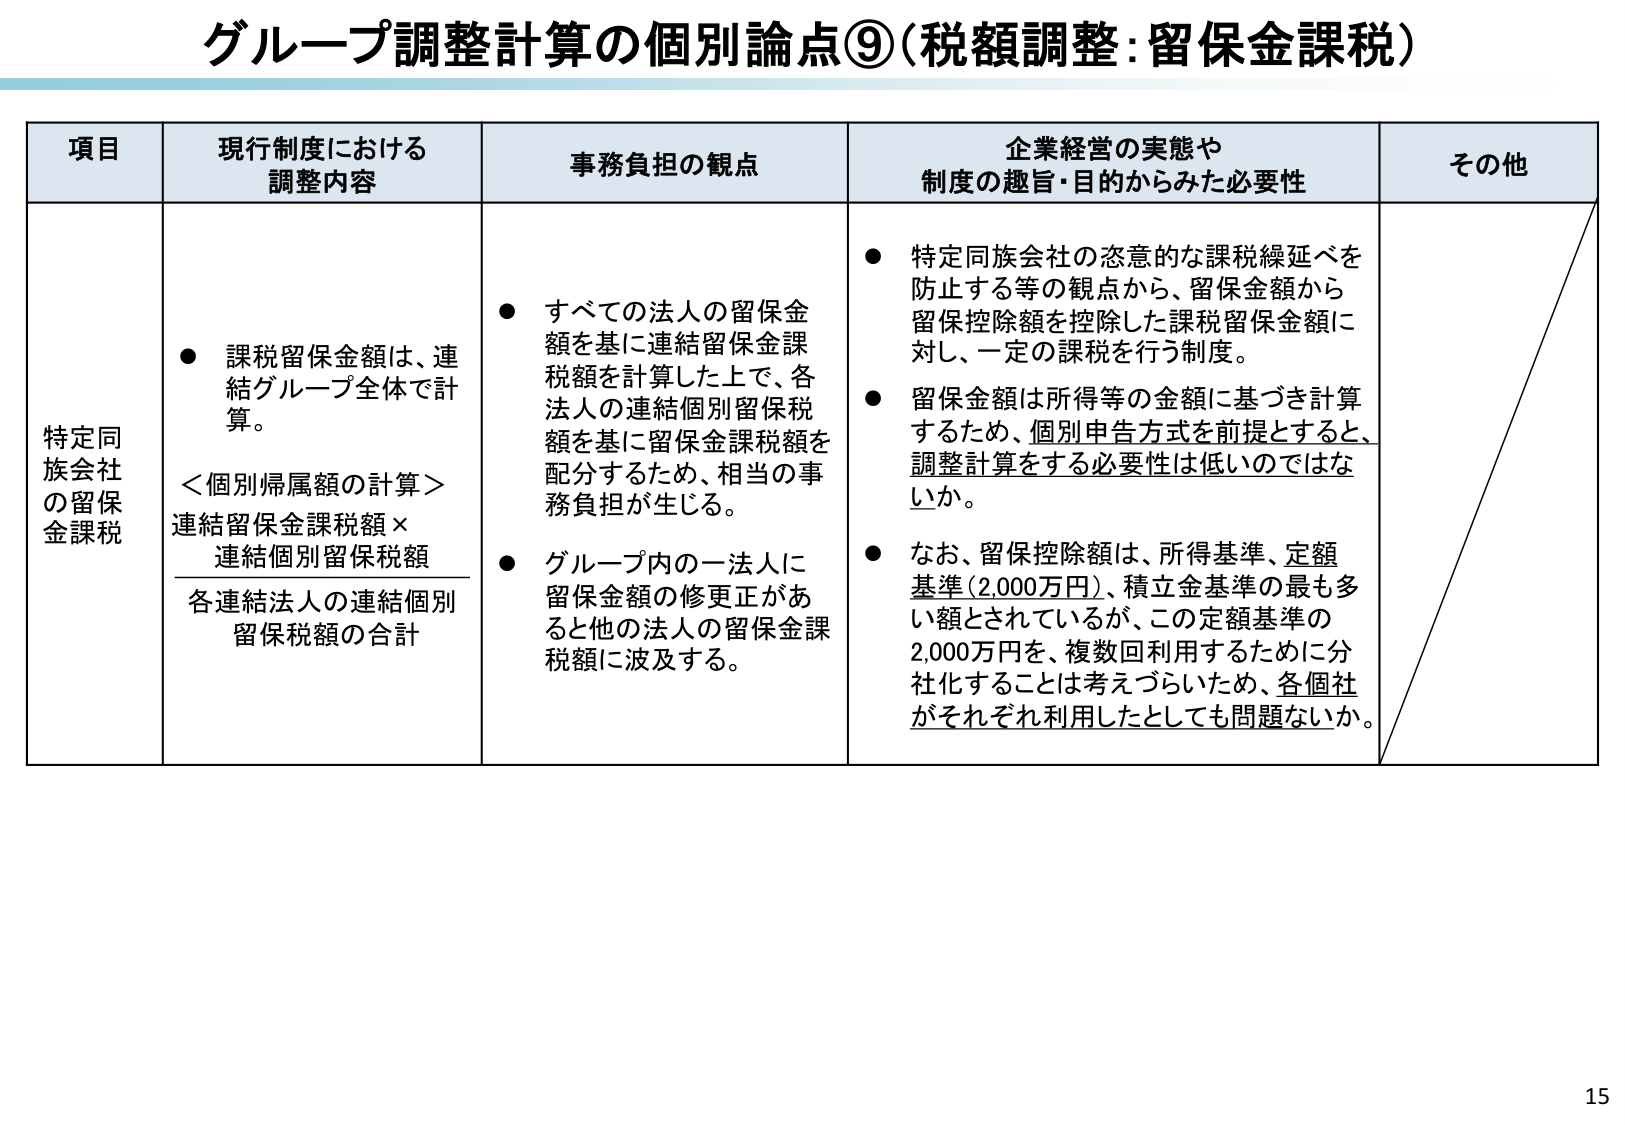
グループ調整計算の個別論点⑨（税額調整：留保金課税）

項目 現行制度における調整内容 事務負担の観点 企業経営の実態や制度の趣旨・目的からみた必要性 その他

特定同族会社の留保金課税
● 課税留保金額は、連結グループ全体で計算。
＜個別帰属額の計算＞
連結留保金課税額 × 連結個別留保税額
各連結法人の連結個別留保税額の合計

● すべての法人の留保金額を基に連結留保金課税額を計算した上で、各法人の連結個別留保税額を基に留保金課税額を配分するため、相当の事務負担が生じる。
● グループ内の一法人に留保金額の修正があると他の法人の留保金課税額に波及する。

● 特定同族会社の恣意的な課税繰延べを防止する等の観点から、留保金額から留保控除額を控除した課税留保金額に対し、一定の課税を行う制度。
● 留保金額は所得等の金額に基づき計算するため、個別申告方式を前提とするとき、調整計算をする必要性は低いのではないか。
● なお、留保控除額は、所得基準、定額基準（2,000万円）、積立金基準の最も多い額とされているが、この定額基準の2,000万円を、複数回利用するために分社化することは考えづらいため、各個社がそれぞれ利用したとしても問題ないか。

15